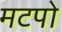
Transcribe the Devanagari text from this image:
मटपो